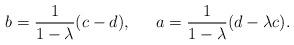
LaTeX: \begin{align*}b=\frac{1}{1-\lambda}(c-d), \,\,\,\,\,\,\,\,\, a= \frac{1}{1-\lambda}(d-\lambda c).\end{align*}